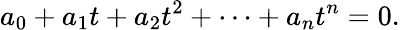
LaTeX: a_{0}+a_{1}t+a_{2}t^{2}+\cdots+a_{n}t^{n}=0.